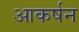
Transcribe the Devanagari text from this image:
आकर्षन